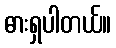
ဓားရှပါတယ်။